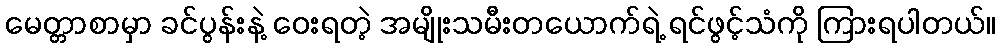
မေတ္တာစာမှာ ခင်ပွန်းနဲ့ ဝေးရတဲ့ အမျိုးသမီးတယောက်ရဲ့ ရင်ဖွင့်သံကို ကြားရပါတယ်။